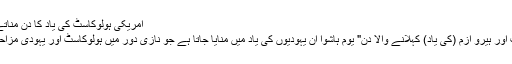
امریکی ہولوکاسٹ کی یاد کا دن مناتے ہیں | ShareAmerica
عبرانی زبان میں "ہولوکاسٹ اور ہیرو اِزم (کی یاد) کہلانے والا دِن" یوم ہاشوا اُن یہودیوں کی یاد میں منایا جاتا ہے جو نازی دور میں ہولوکاسٹ اور یہودی مزاحمت کے دوران ہلاک ہوئے۔